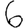
Digit: 6